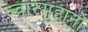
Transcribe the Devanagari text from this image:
ज्वारमुहानों